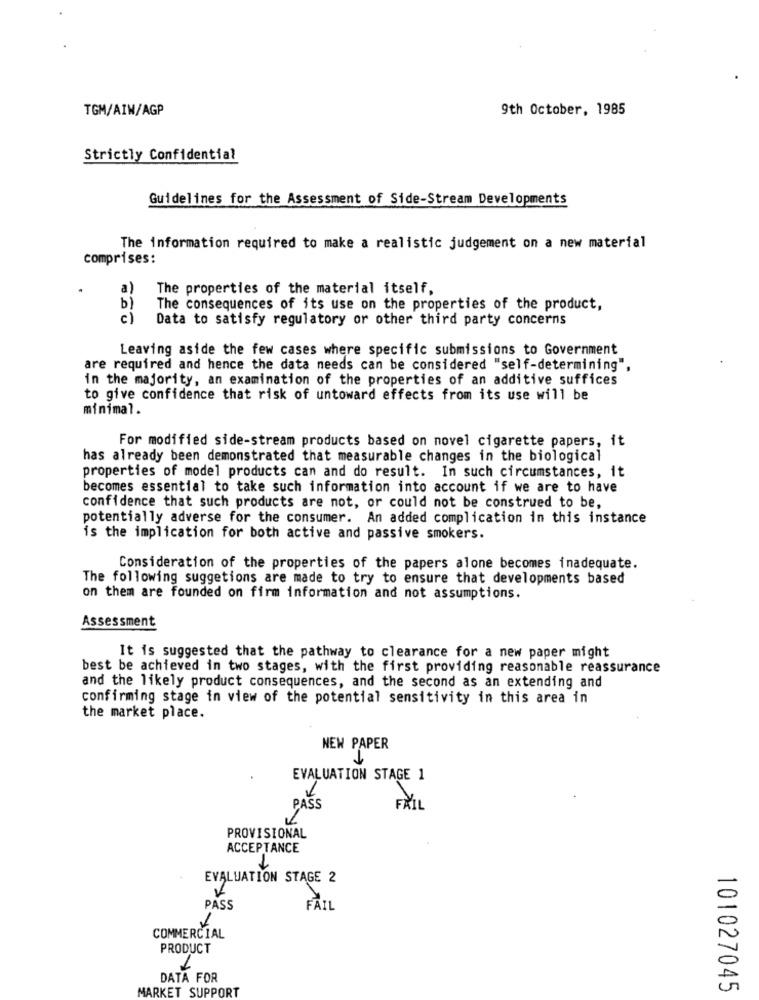
TGM/AIN/AGP
9th October, 1985
Strictly Confidential
Guidelines for the Assessment of Side-Stream Developments
The information required to make a realistic judgement on a new material
comprises:
a)
The properties of the material itself,
b)
The consequences of its use on the properties of the product,
c)
Data to satisfy regulatory or other third party concerns
Leaving aside the few cases where specific submissions to Government
are required and hence the data needs can be considered "self-determining",
in the majority, an examination of the properties of an additive suffices
to give confidence that risk of untoward effects from its use will be
minimal.
For modified side-stream products based on novel cigarette papers, it
has already been demonstrated that measurable changes in the biological
properties of model products can and do result. In such circumstances, it
becomes essential to take such information into account if we are to have
confidence that such products are not, or could not be construed to be,
potentially adverse for the consumer. An added complication in this instance
is the implication for both active and passive smokers.
Consideration of the properties of the papers alone becomes inadequate.
The following suggetions are made to try to ensure that developments based
on them are founded on firm information and not assumptions.
Assessment
It is suggested that the pathway to clearance for a new paper might
best be achieved in two stages, with the first providing reasonable reassurance
and the likely product consequences, and the second as an extending and
confirming stage in view of the potential sensitivity in this area in
the market place.
NEW PAPER
EVALUATION STAGE 1
PASS
FAIL
PROVISIONAL
ACCEPTANCE
-
EVALUATION STAGE 2
PASS
FAIL
COMMERCIAL
PRODUCT
DATA FOR
MARKET SUPPORT
101027045